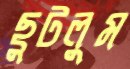
ছুটলুম